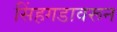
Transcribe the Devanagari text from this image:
सिंहगडावरून